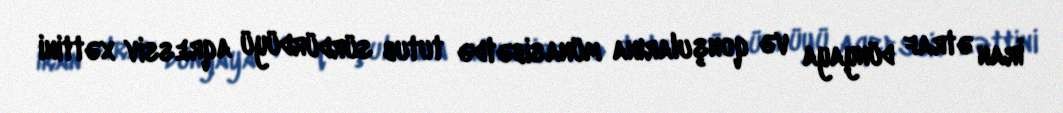
İran ətraf dünyaya və qonşularına münasibətdə tutub sürdürdüyü aqressiv xəttini